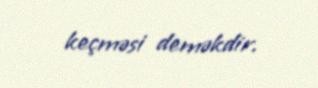
keçməsi deməkdir.